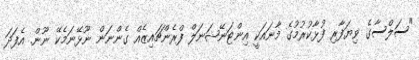
"ސަލްސާގެ ވިޔަފާރި ފުޅާކުރުމުގެ މާނައަކީ އިންޓަނޭޝަނަލް ފްރެންޗައިޒެއް ގެންނަން ނޫޅޭނަމެކޭ ނޫން. އެފަދަ